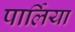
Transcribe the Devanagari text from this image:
पार्लिया